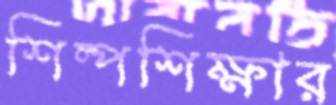
শিল্পশিক্ষার